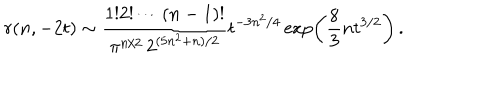
r ( n , - 2 t ) \sim { \frac { 1 ! 2 ! \cdots ( n - 1 ) ! } { \pi ^ { n / 2 } \, 2 ^ { ( 5 n ^ { 2 } + n ) / 2 } } } t ^ { - 3 n ^ { 2 } / 4 } \exp \left( { \frac { 8 } { 3 } } n t ^ { 3 / 2 } \right) \, .